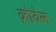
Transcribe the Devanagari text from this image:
क्रोवेल